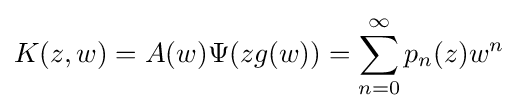
K(z,w)=A(w)\Psi (zg(w))=\sum _{n=0}^{\infty }p_{n}(z)w^{n}